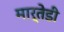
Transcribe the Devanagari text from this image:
मार्तेडी